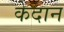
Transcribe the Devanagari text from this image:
केदान